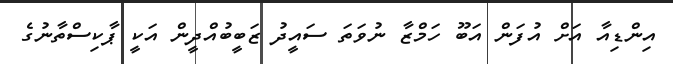
އިންޑިއާ އަށް އުފަން އަބޫ ހަމްޒާ ނުވަތަ ސައީދު ޒަބީބުއްދީން އަކީ ޕާކިސްތާނުގެ